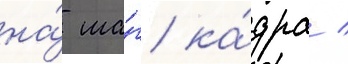
на́ ша́г ка́дра /